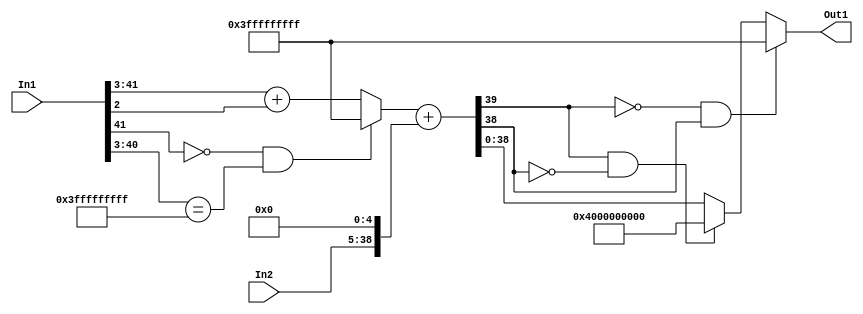
// -------------------------------------------------------------
// 
// 
// Generated by MATLAB 9.14 and HDL Coder 4.1
// 
// -------------------------------------------------------------


// -------------------------------------------------------------
// 
// Module: sumq_block1
// Source Path: FP_sub/fp model/IIR_section_3/sumq
// Hierarchy Level: 2
// 
// -------------------------------------------------------------

`timescale 1 ns / 1 ns

module sumq_block1
          (In2,
           In1,
           Out1);


  input   signed [33:0] In2;  // sfix34_En23
  input   signed [41:0] In1;  // sfix42_En31
  output  signed [38:0] Out1;  // sfix39_En28


  wire signed [38:0] sumq_1_add_cast;  // sfix39_En28
  wire signed [39:0] sumq_1_add_cast_1;  // sfix40_En28
  wire signed [39:0] sumq_1_add_cast_2;  // sfix40_En28
  wire signed [39:0] sumq_1_add_temp;  // sfix40_En28
  wire signed [38:0] sumq_1_out1;  // sfix39_En28


  assign sumq_1_add_cast = ((In1[41] == 1'b0) && (In1[40:3] == 38'h3FFFFFFFFF) ? 39'sh3FFFFFFFFF :
              In1[41:3] + $signed({1'b0, In1[2]}));
  assign sumq_1_add_cast_1 = {sumq_1_add_cast[38], sumq_1_add_cast};
  assign sumq_1_add_cast_2 = {In2[33], {In2, 5'b00000}};
  assign sumq_1_add_temp = sumq_1_add_cast_1 + sumq_1_add_cast_2;
  assign sumq_1_out1 = ((sumq_1_add_temp[39] == 1'b0) && (sumq_1_add_temp[38] != 1'b0) ? 39'sh3FFFFFFFFF :
              ((sumq_1_add_temp[39] == 1'b1) && (sumq_1_add_temp[38] != 1'b1) ? 39'sh4000000000 :
              $signed(sumq_1_add_temp[38:0])));



  assign Out1 = sumq_1_out1;

endmodule  // sumq_block1